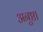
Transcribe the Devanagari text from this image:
अनुष्ठा